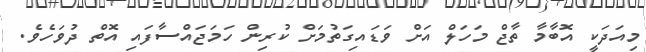
މިއަދަކީ އޮބާމާ ތާޖް މަހަލް އަށް ވަޑައިގަތުމަށް ކުރިން ހަމަޖައްސާފައި އޮތް ދުވަހެވެ.